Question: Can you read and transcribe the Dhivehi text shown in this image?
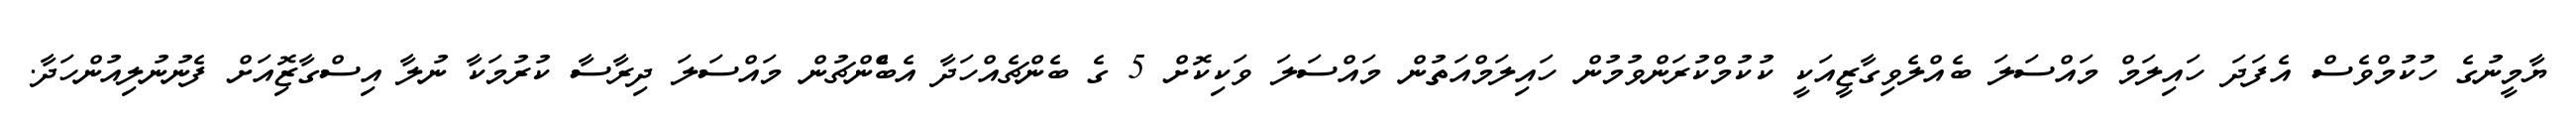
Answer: ޔާމީނުގެ ހުކުމްވެސް އެފަދަ ހައިލަމް މައްސަލަ ބެއްލެވިގާޒީއަކީ ކުކުމްކުރަންވުމުން ހައިލަމްއަތުން މައްސަލަ ވަކިކޮށް 5 ގެ ބެންޗެއްހަދާ އެބްެންޗުން މައްސަލަ ދިރާސާ ކުރުމަކާ ނުލާ އިސްގާޒޮިއަށް ފެނުނުލިއުންހަދާ.